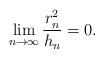
LaTeX: \begin{align*}\lim_{n\to \infty} \frac{r_n^2}{h_n} = 0 . \end{align*}